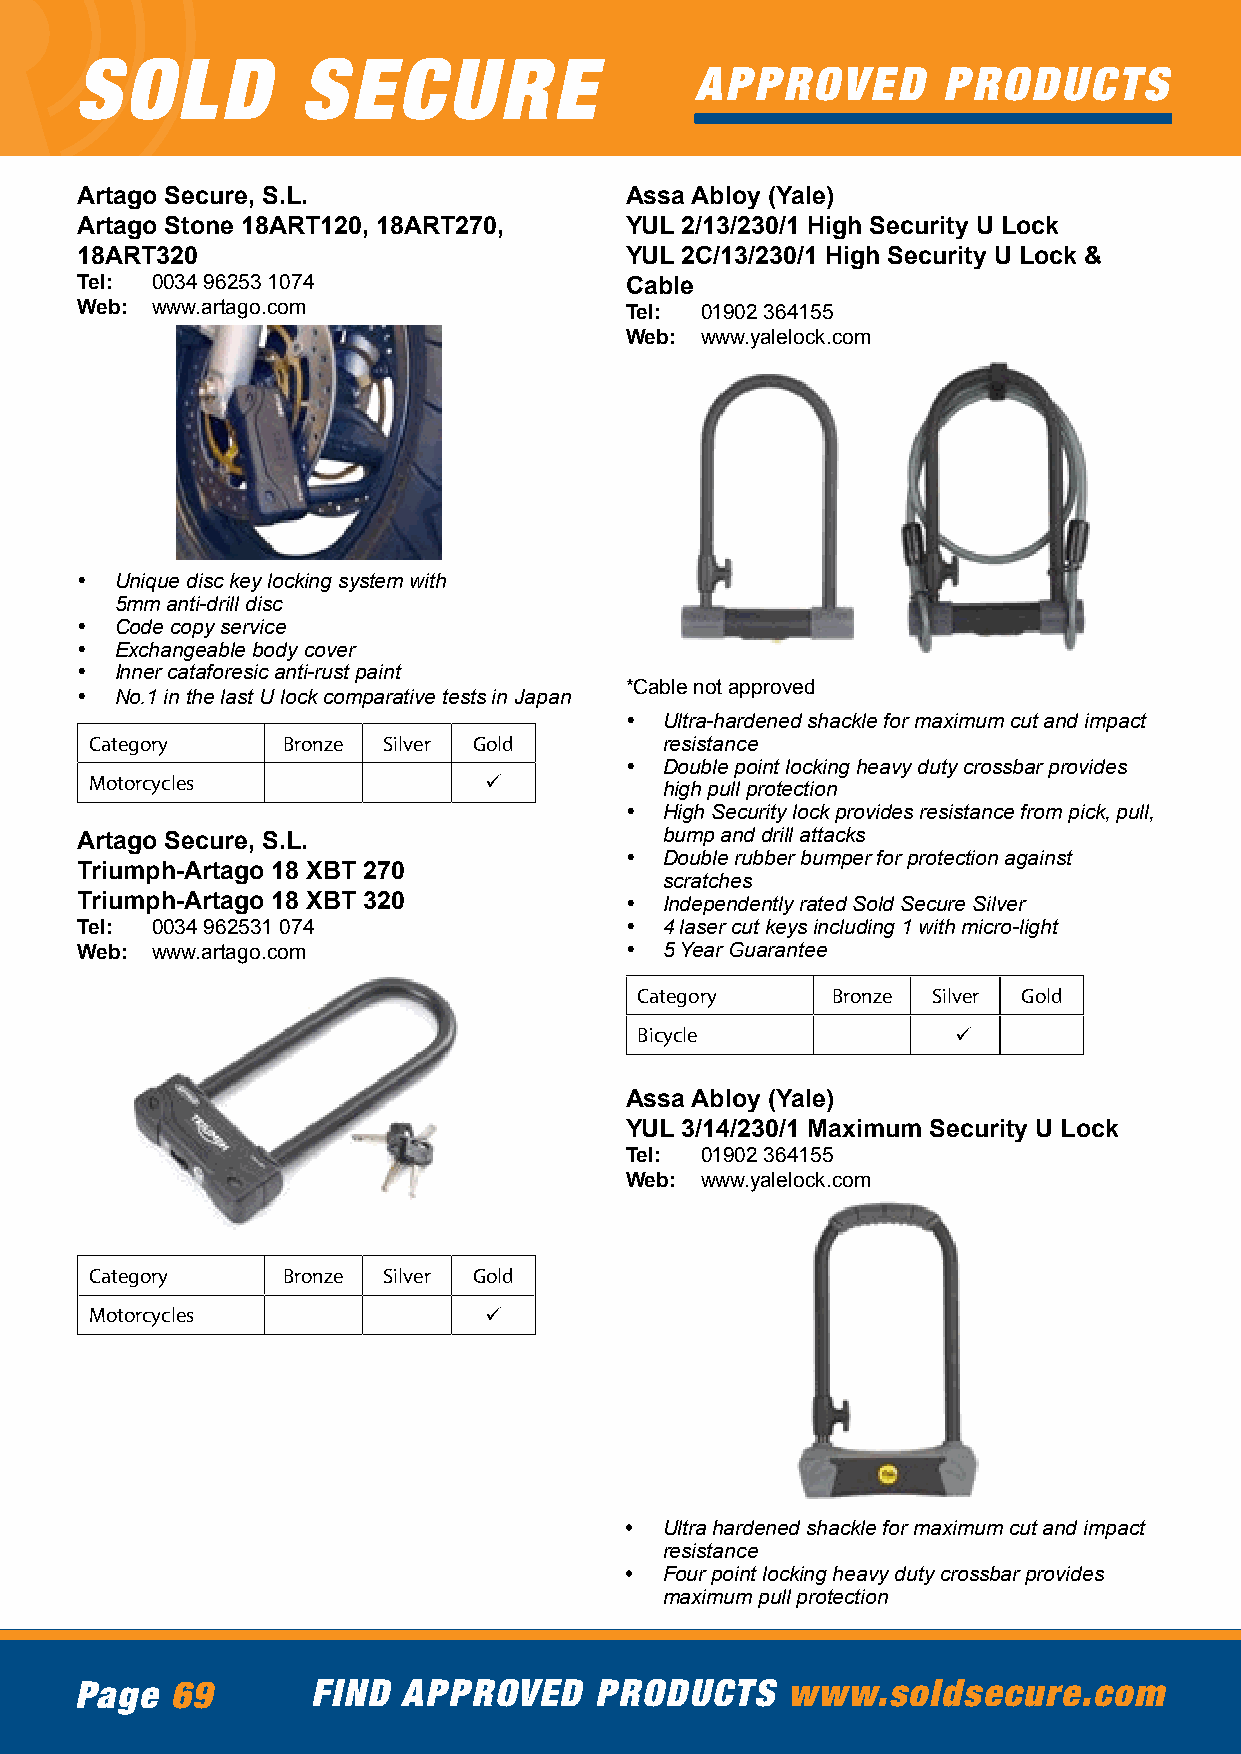
SOLD           SECURE
 APPROVED        PRODUCTS
 Artago Secure, S.L.                 Assa Abloy (Yale)
 Artago Stone 18ART120, 18ART270,    YUL 2/13/230/1 High Security U Lock
 18ART320                            YUL 2C/13/230/1 High Security U Lock &
 Tel: 0034 96253 1074                Cable
 Web: www.artago.com                 Tel: 01902 364155
 Web: www.yalelock.com
 •  Unique disc key locking system with
 5mm anti-drill disc
 •  Code copy service
 •  Exchangeable body cover
 •  Inner cataforesic anti-rust paint
 *Cable not approved
 •  No.1 in the last U lock comparative tests in Japan
 •  Ultra-hardened shackle for maximum cut and impact
 Category     Bronze Silver Gold       resistance
 •  Double point locking heavy duty crossbar provides
 Motorcycles               ü
 high pull protection
 •  High Security lock provides resistance from pick, pull,
 Artago Secure, S.L.                    bump and drill attacks
 •  Double rubber bumper for protection against
 Triumph-Artago 18 XBT 270
 scratches
 Triumph-Artago 18 XBT 320           •  Independently rated Sold Secure Silver
 Tel: 0034 962531 074                •  4 laser cut keys including 1 with micro-light
 Web: www.artago.com                 •  5 Year Guarantee
 Category     Bronze Silver Gold
 Bicycle              ü
 Assa Abloy (Yale)
 YUL 3/14/230/1 Maximum Security U Lock
 Tel: 01902 364155
 Web: www.yalelock.com
 Category     Bronze Silver Gold
 Motorcycles               ü
 •  Ultra hardened shackle for maximum cut and impact
 resistance
 •  Four point locking heavy duty crossbar provides
 maximum pull protection
 Page  69        FIND  APPROVED    PRODUCTS     www.soldsecure.com